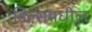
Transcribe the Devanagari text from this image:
हिल्समधील